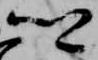
卿